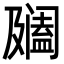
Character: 𨸍